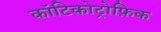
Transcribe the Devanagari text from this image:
कॉटिकोट्रोफ़िक